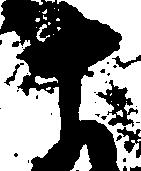
十